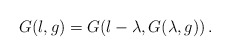
\begin{align*} G(l, g)=G(l-\lambda, G(\lambda, g))\,.\end{align*}